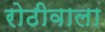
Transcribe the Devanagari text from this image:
रोठीवाला